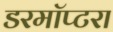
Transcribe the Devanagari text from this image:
डरमॉप्टरा